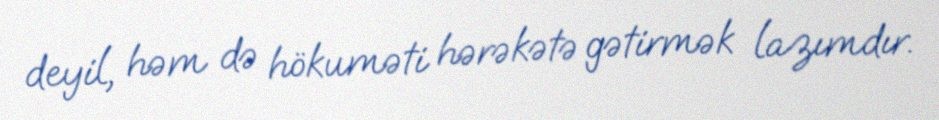
deyil, həm də hökuməti hərəkətə gətirmək lazımdır.